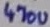
Text: 470u